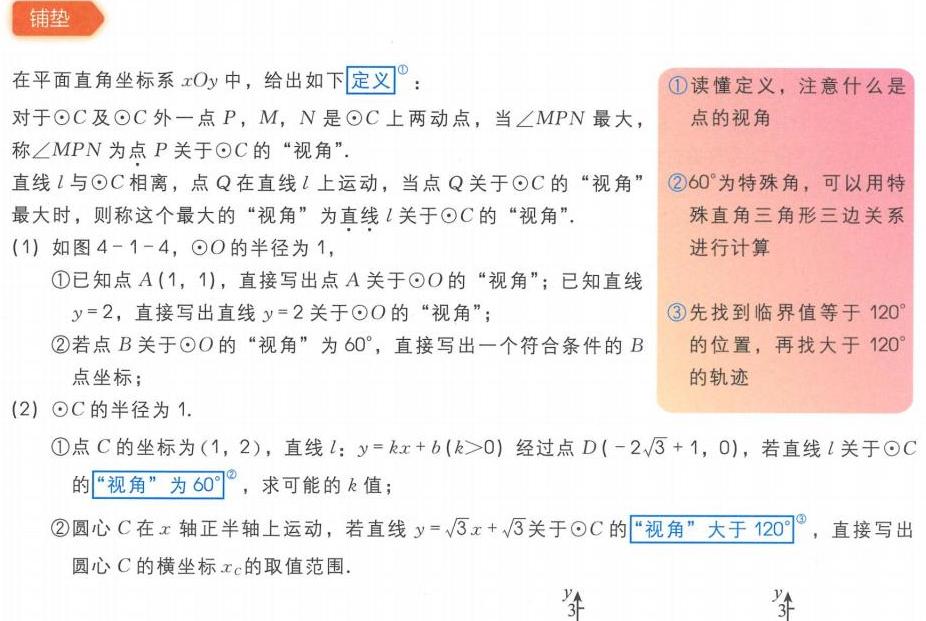
**铺垫**
在平面直角坐标系 \(xOy\) 中，给出如下\(\boxed{定义}\)：
对于\(\odot C\)及\(\odot C\)外一点 \(P\)，\(M\)，\(N\) 是\(\odot C\)上两动点，当\(\angle MPN\)最大，称\(\angle MPN\)为点 \(P\) 关于\(\odot C\)的“视角”.
直线 \(l\) 与\(\odot C\) 相离，点 \(Q\) 在直线 \(l\) 上运动，当点 \(Q\) 关于\(\odot C\)的“视角”最大时，则称这个最大的“视角”为直线 \(l\) 关于\(\odot C\)的“视角”.
(1) 如图 \(4 - 1 - 4\)，\(\odot O\)的半径为 \(1\)，
\textcircled{1}已知点 \(A(1,1)\)，直接写出点 \(A\) 关于\(\odot O\)的“视角”；已知直线 \(y = 2\)，直接写出直线 \(y = 2\) 关于\(\odot O\)的“视角”；
\textcircled{2}若点 \(B\) 关于\(\odot O\)的“视角”为 \(60^{\circ}\)，直接写出一个符合条件的 \(B\) 点坐标；
(2) \(\odot C\)的半径为 \(1\).
\textcircled{1}点 \(C\) 的坐标为\((1,2)\)，直线 \(l\)：\(y=kx + b(k > 0)\) 经过点 \(D(-2\sqrt{3}+1,0)\)，若直线 \(l\) 关于\(\odot C\)的\(\boxed{“视角”为60^{\circ}}\)，求可能的 \(k\) 值；
\textcircled{2}圆心 \(C\) 在 \(x\) 轴正半轴上运动，若直线 \(y = \sqrt{3}x+\sqrt{3}\) 关于\(\odot C\)的\(\boxed{“视角”大于120^{\circ}}\)，直接写出圆心 \(C\) 的横坐标 \(x_{C}\) 的取值范围.

\textcircled{1}读懂定义，注意什么是点的视角
\textcircled{2}\(60^{\circ}\)为特殊角，可以用特殊直角三角形三边关系进行计算
\textcircled{3}先找到临界值等于 \(120^{\circ}\)的位置，再找大于 \(120^{\circ}\)的轨迹